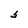
Character: S